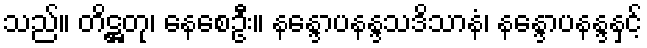
သည်။ တိဋ္ဌတု၊ နေစေဦး။ နန္ဒောပနန္ဒသဒိသာနံ၊ နန္ဒောပနန္ဒနှင့်